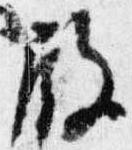
殿